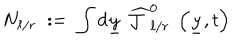
LaTeX: N _ { \ell / r } \; : = \; \int d \underline { { { y } } } ~ \widehat { { \mathcal J } } _ { \ell / r } ^ { 0 } \; \left( \underline { { { y } } } , t \right)